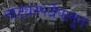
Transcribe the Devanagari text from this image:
नाट्यस्पर्धेपासून